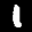
Label: 1